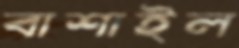
বাশাইল